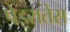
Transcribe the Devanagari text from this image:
पेइरातेस